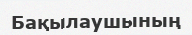
Бақылаушының